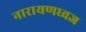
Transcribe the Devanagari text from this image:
नारायणध्वज